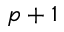
p + 1